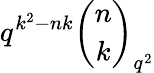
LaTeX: q^{k^{2}-nk}{\binom{n}{k}}_{q^{2}}